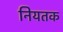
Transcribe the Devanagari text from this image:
नियतक